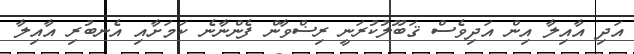
އަދި އާއިލާ އިން އަދިވެސް ޤަބޫލުކުރަނީ ރިޟްވާން ފެންނާނެ ކަމަށާއި އެނބުރި އާއިލާ